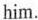
him.